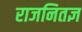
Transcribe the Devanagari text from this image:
राजनितज्ञ